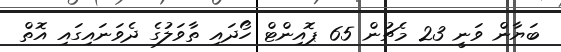
ބަޔާން ވަނީ 23 މެޗުން 65 ޕޮއިންޓް ހޯދައި ތާވަލުގެ ދެވަނައިގައި އޮތް